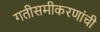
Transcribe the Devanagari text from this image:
गतीसमीकरणांची